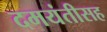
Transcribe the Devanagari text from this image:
दमयंतीसह